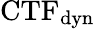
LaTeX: \textrm{CTF}_{\textrm{dyn}}